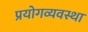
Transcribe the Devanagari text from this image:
प्रयोगव्यवस्था